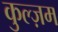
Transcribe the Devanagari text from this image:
कुल्ज़म